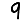
Digit: 9